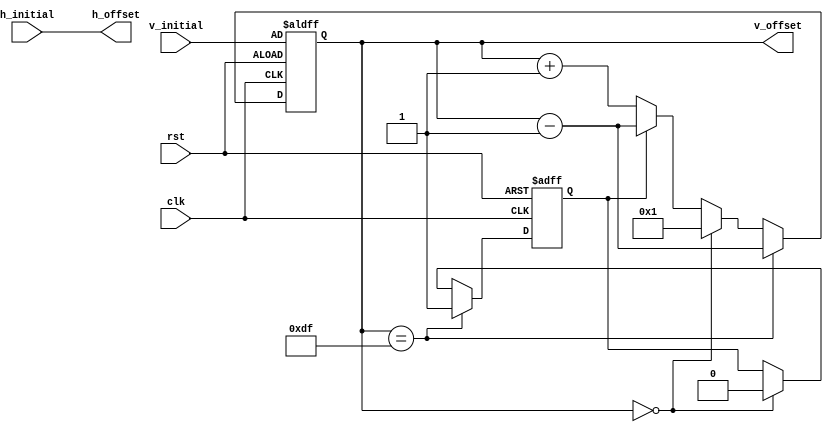
`timescale 1ns / 1ps
//////////////////////////////////////////////////////////////////////////////////
// Company: 
// Engineer: 
// 
// Design Name: 
// Module Name: vertical_shift
// Project Name: 
// Target Devices: 
// Tool Versions: 
// Description: 
// 
// Dependencies: 
// 
// Revision:
// Revision 0.01 - File Created
// Additional Comments:
// 
//////////////////////////////////////////////////////////////////////////////////


module vertical_shift(
	input clk,
	input rst,
	input [9:0] h_initial,
	input [9:0] v_initial,
	output [9:0] h_offset,
	output reg [9:0] v_offset
	);

reg h_direction;	//0->left, 1->right
reg v_direction;	//0->down, 1->up
wire [9:0] length;

assign length = 16;
assign h_offset = h_initial;

always @(posedge clk or posedge rst) begin
	if (rst) begin
		v_offset <= v_initial;
		v_direction <= 1;	//up
	end
	else if (v_offset == 239-16)  begin
		v_direction <= 1;	//up
		v_offset <= v_offset - 1;
	end
	else if (v_offset == 0) begin
		v_direction <= 0;	//down
		v_offset <= 1;
	end
	else if (v_direction == 1) begin
		v_offset <= v_offset - 1;
	end
	else if (v_direction == 0)begin
		v_offset <= v_offset + 1;
	end
	else begin
		v_offset <= v_initial;
	end
end
endmodule